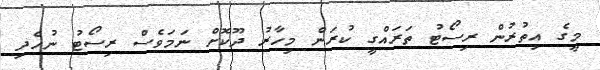
މީގެ އިތުރުން ރިސޯޓު ތަރައްގީ ކުރަން މިހާރު ދޫކޮށް ނަމަވެސް ރިސޯޓު ނުހެދި